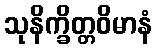
သုနိက္ခိတ္တဝိမာနံ